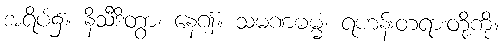
အရိပ်၌။ နိသီဒိတွာ၊ နေ၍။ သမဏဓမ္မံ၊ ရဟန်းတရားတို့ကို။